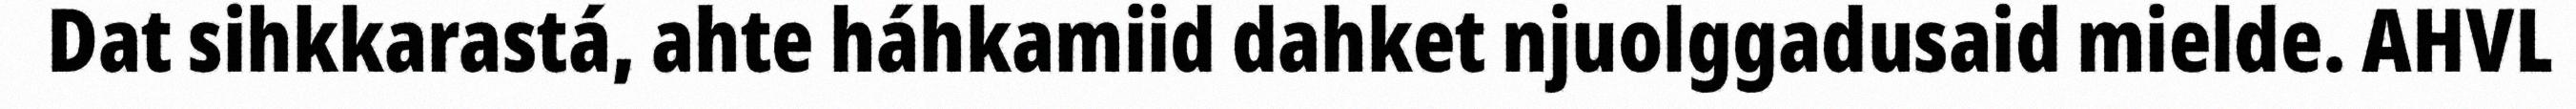
Dat sihkkarastá, ahte háhkamiid dahket njuolggadusaid mielde. AHVL